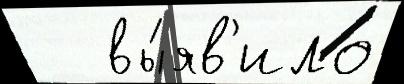
   вы́яв'ило